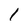
Character: 1